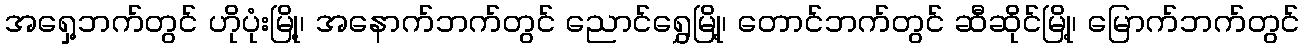
အရှေ့ဘက်တွင် ဟိုပုံးမြို့၊ အနောက်ဘက်တွင် ညောင်ရွှေမြို့၊ တောင်ဘက်တွင် ဆီဆိုင်မြို့၊ မြောက်ဘက်တွင်